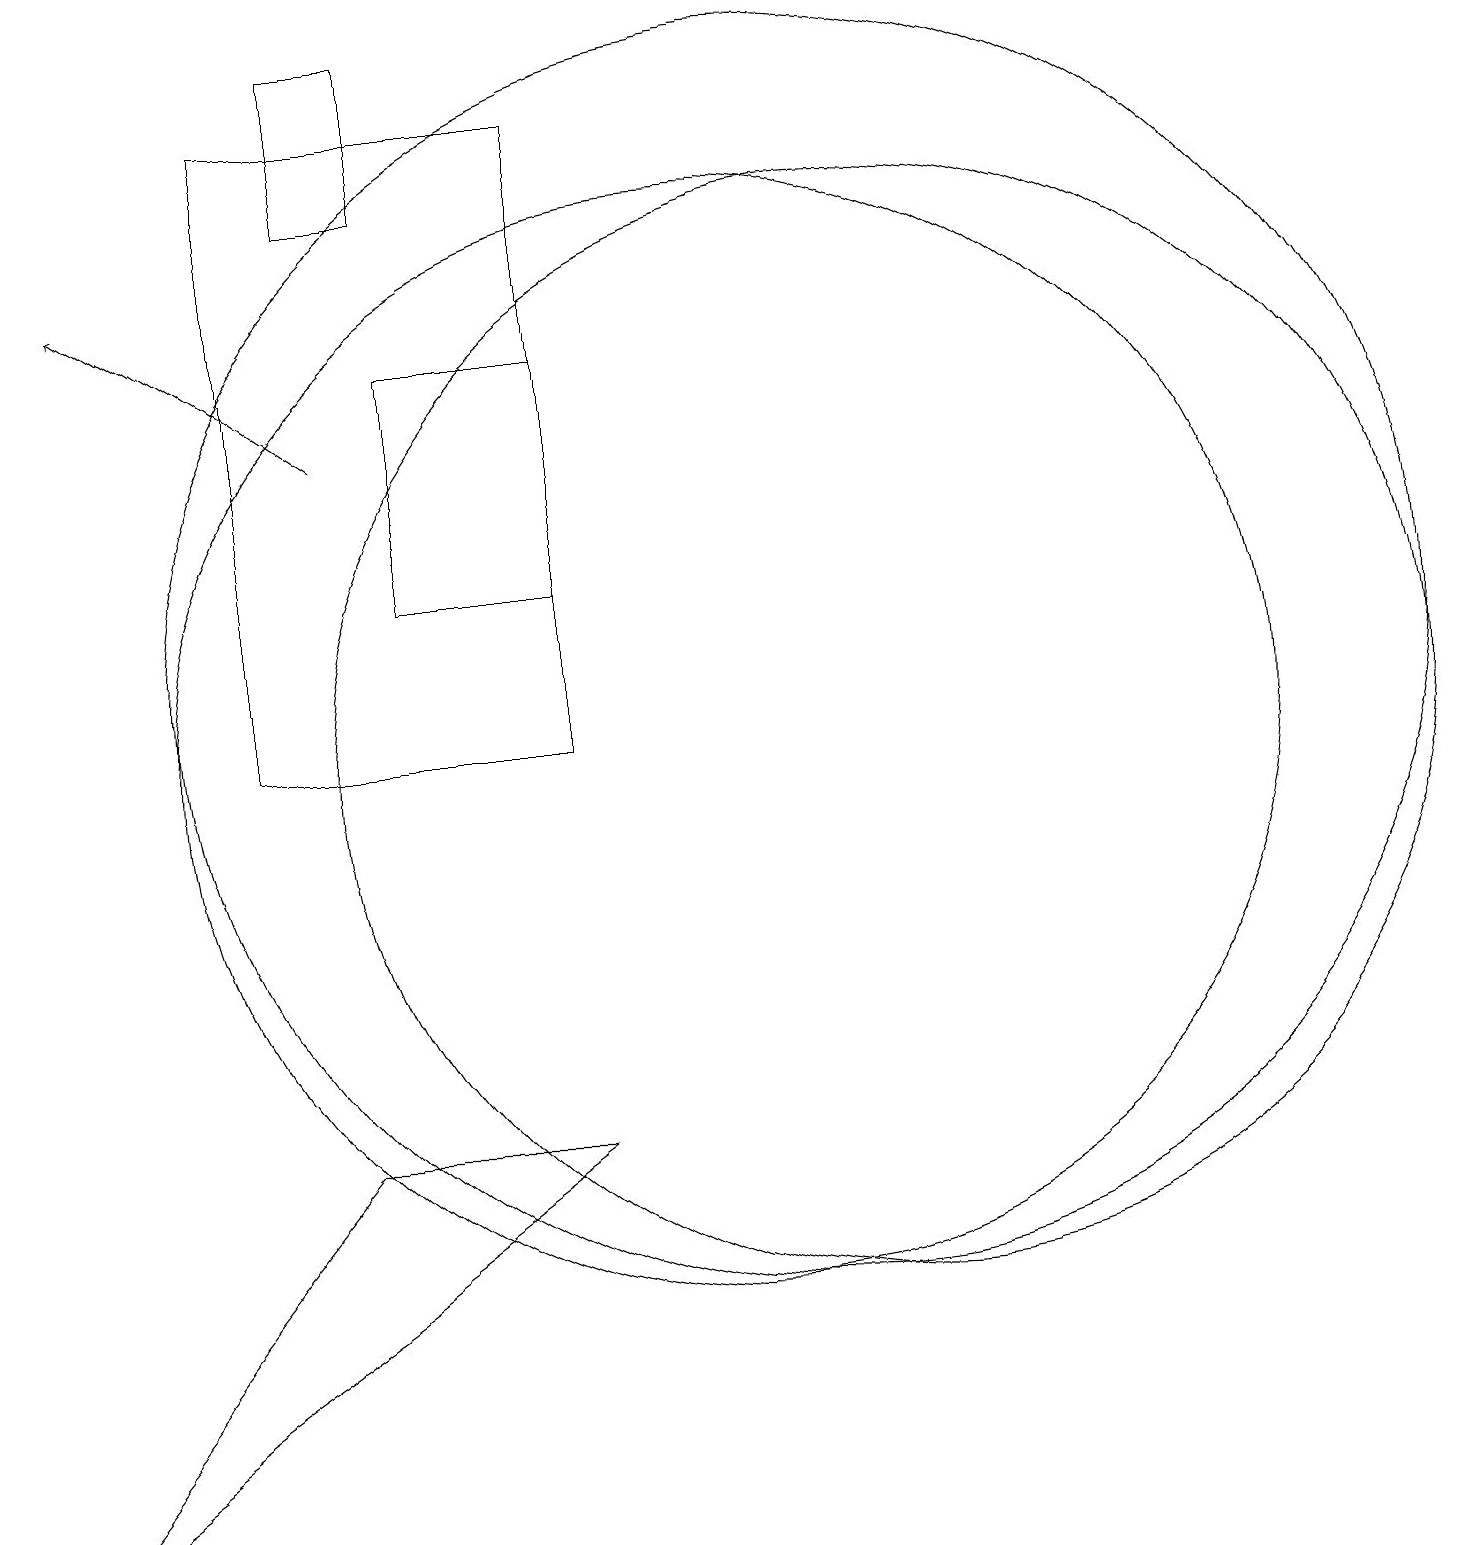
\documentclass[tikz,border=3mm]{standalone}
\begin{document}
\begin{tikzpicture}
\draw (8,18) rectangle (4,10);
\draw (11,11) circle (8);
\draw (6,12) rectangle (8,15);
\draw (5,5) -- (8,5) -- (1,0) -- cycle;
\draw (10,10) circle (7);
\draw (6,17) rectangle (5,19);
\draw[->] (5,14) -- (2,16);
\draw (12,10) circle (7);
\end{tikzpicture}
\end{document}